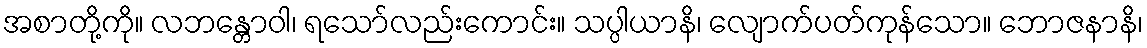
အစာတို့ကို။ လဘန္တောဝါ၊ ရသော်လည်းကောင်း။ သပ္ပါယာနိ၊ လျောက်ပတ်ကုန်သော။ ဘောဇနာနိ၊